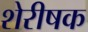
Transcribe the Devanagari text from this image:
शेरीषक